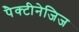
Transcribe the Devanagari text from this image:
पैक्टीनेजिज